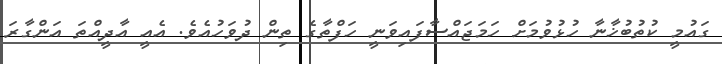
ގައުމީ ކުތުބުޚާނާ ހުޅުވުމަށް ހަމަޖައްސާފައިވަނީ ހަފްތާގެ ތިން ދުވަހުއެވެ. އެއީ އާދީއްތަ އަންގާރަ